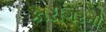
કારીગરની